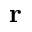
\mathbf { r }